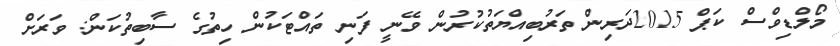
މޯލްޑިވްސް ކަޕް 2015ދަރިން ތަރުބިއްޔަތުކުރުން ވޭނީ ފަނި ތައްޓަކުން ހިތުގެ ސާބިތުކަން: ވަރަށް